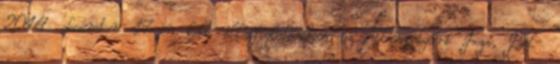
2014. december 17-én kelt állásfoglalásában az Állampolgári Jogi, Bel-